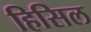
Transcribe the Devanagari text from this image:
हिसिल